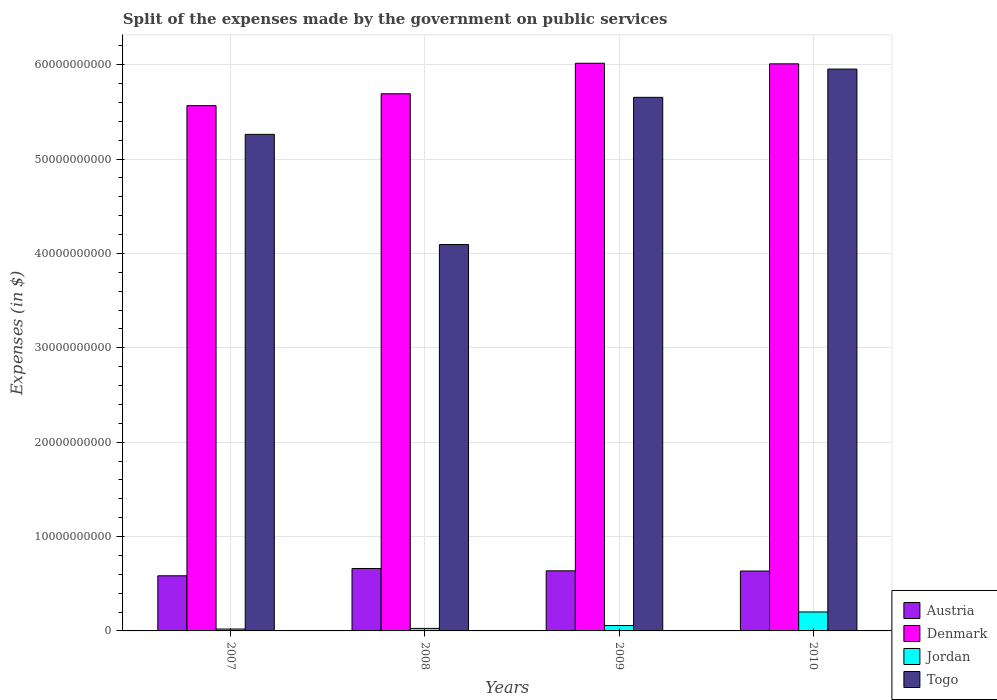
| Years | Austria | Denmark | Jordan | Togo |
 | --- | --- | --- | --- | --- |
 | 2007 | 5.84e+09 | 5.57e+10 | 2.01e+08 | 5.26e+10 |
 | 2008 | 6.62e+09 | 5.69e+10 | 2.69e+08 | 4.09e+10 |
 | 2009 | 6.37e+09 | 6.02e+10 | 5.69e+08 | 5.65e+10 |
 | 2010 | 6.35e+09 | 6.01e+10 | 2.01e+09 | 5.95e+10 |